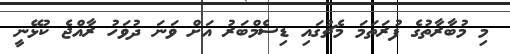
މި މުބާރާތުގެ ފުރަތަމަ މެޗުގައި ޑިސެމްބަރު އަށް ވަނަ ދުވަހު ރާއްޖެ ކުޅޭނީ